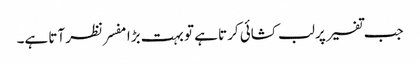
جب تفسیر پر لب کشائی کرتا ہے تو بہت بڑا مفسر نظر آتا ہے۔